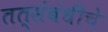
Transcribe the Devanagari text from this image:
तत्संबंधींचे